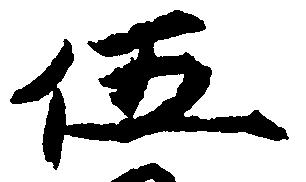
伍